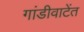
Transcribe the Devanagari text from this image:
गांडीवाटेंत